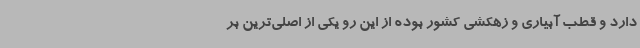
دارد و قطب آبیاری و زهکشی کشور بوده از این رو یکی از اصلی‌ترین بر